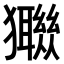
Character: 𤣈